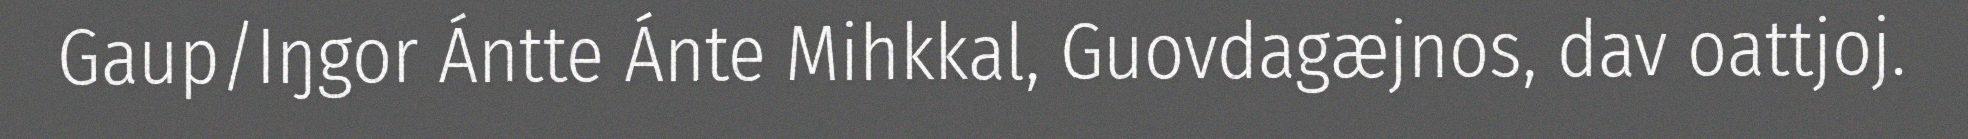
Gaup/Iŋgor Ántte Ánte Mihkkal, Guovdagæjnos, dav oattjoj.